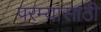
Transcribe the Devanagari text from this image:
परम्यासाठी